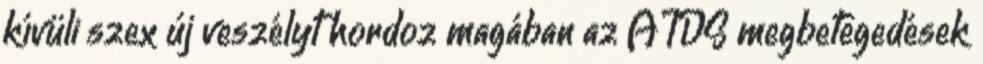
kívüli szex új veszélyt hordoz magában az AIDS megbetegedések